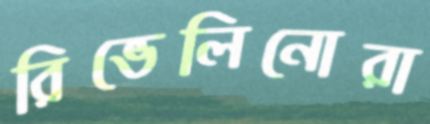
রিভেলিনোরা